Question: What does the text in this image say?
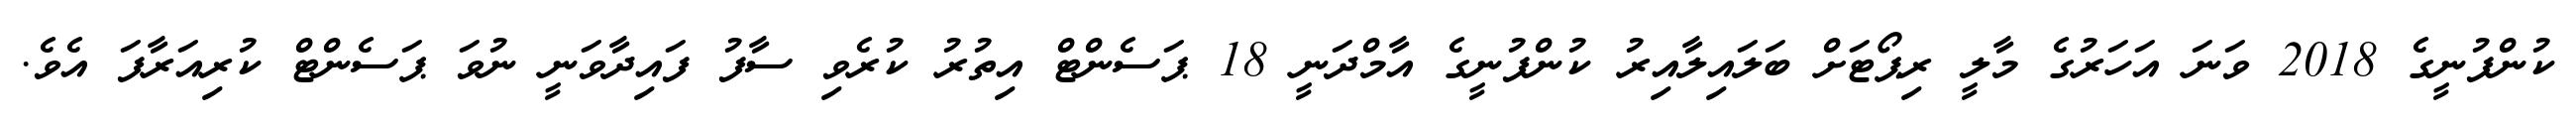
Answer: ކުންފުނީގެ 2018 ވަނަ އަހަރުގެ މާލީ ރިޕޯޓަށް ބަލައިލާއިރު ކުންފުނީގެ އާމްދަނީ 18 ޕަސެންޓް އިތުރު ކުރެވި ސާފު ފައިދާވަނީ ނުވަ ޕަސެންޓް ކުރިއަރާފަ އެވެ.